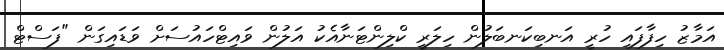
އަމާޒު ހިފާފައި ހުރީ އަނބިކަނބަލުން ހިލަރީ ކްލިންޓަނާއެކު އަލުން ވައިޓްހައުސަށް ވަޑައިގަން "ފަސްޓް